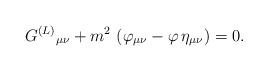
LaTeX: \begin{align*}G^{(L)}{}_{\mu \nu } +m^{2}\,\left( \varphi _{\mu \nu }-\varphi \,\eta _{\mu\nu }\right) =0.\end{align*}